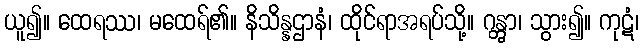
ယူ၍။ ထေရဿ၊ မထေရ်၏။ နိသိန္နဌာနံ၊ ထိုင်ရာအရပ်သို့။ ဂန္တွာ၊ သွား၍။ ကုဋံ၊